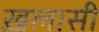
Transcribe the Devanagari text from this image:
ख़लासी